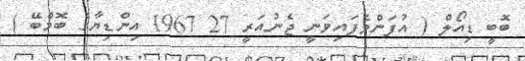
ބޮބީ ޑިއޯލް ( އުފަންވެފައިވަނީ ޖެނުއަރީ 27 1967 އިންޑިޔާގެ ބޮމްބޭ )